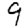
Digit: 9